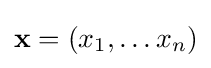
\mathbf {x} =(x_{1},\ldots x_{n})